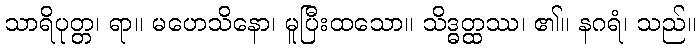
သာရိပုတ္တ၊ ရာ။ မဟေသိနော၊ မူပြီးထသော။ သိဒ္ဓတ္ထဿ၊ ၏။ နဂရံ၊ သည်။